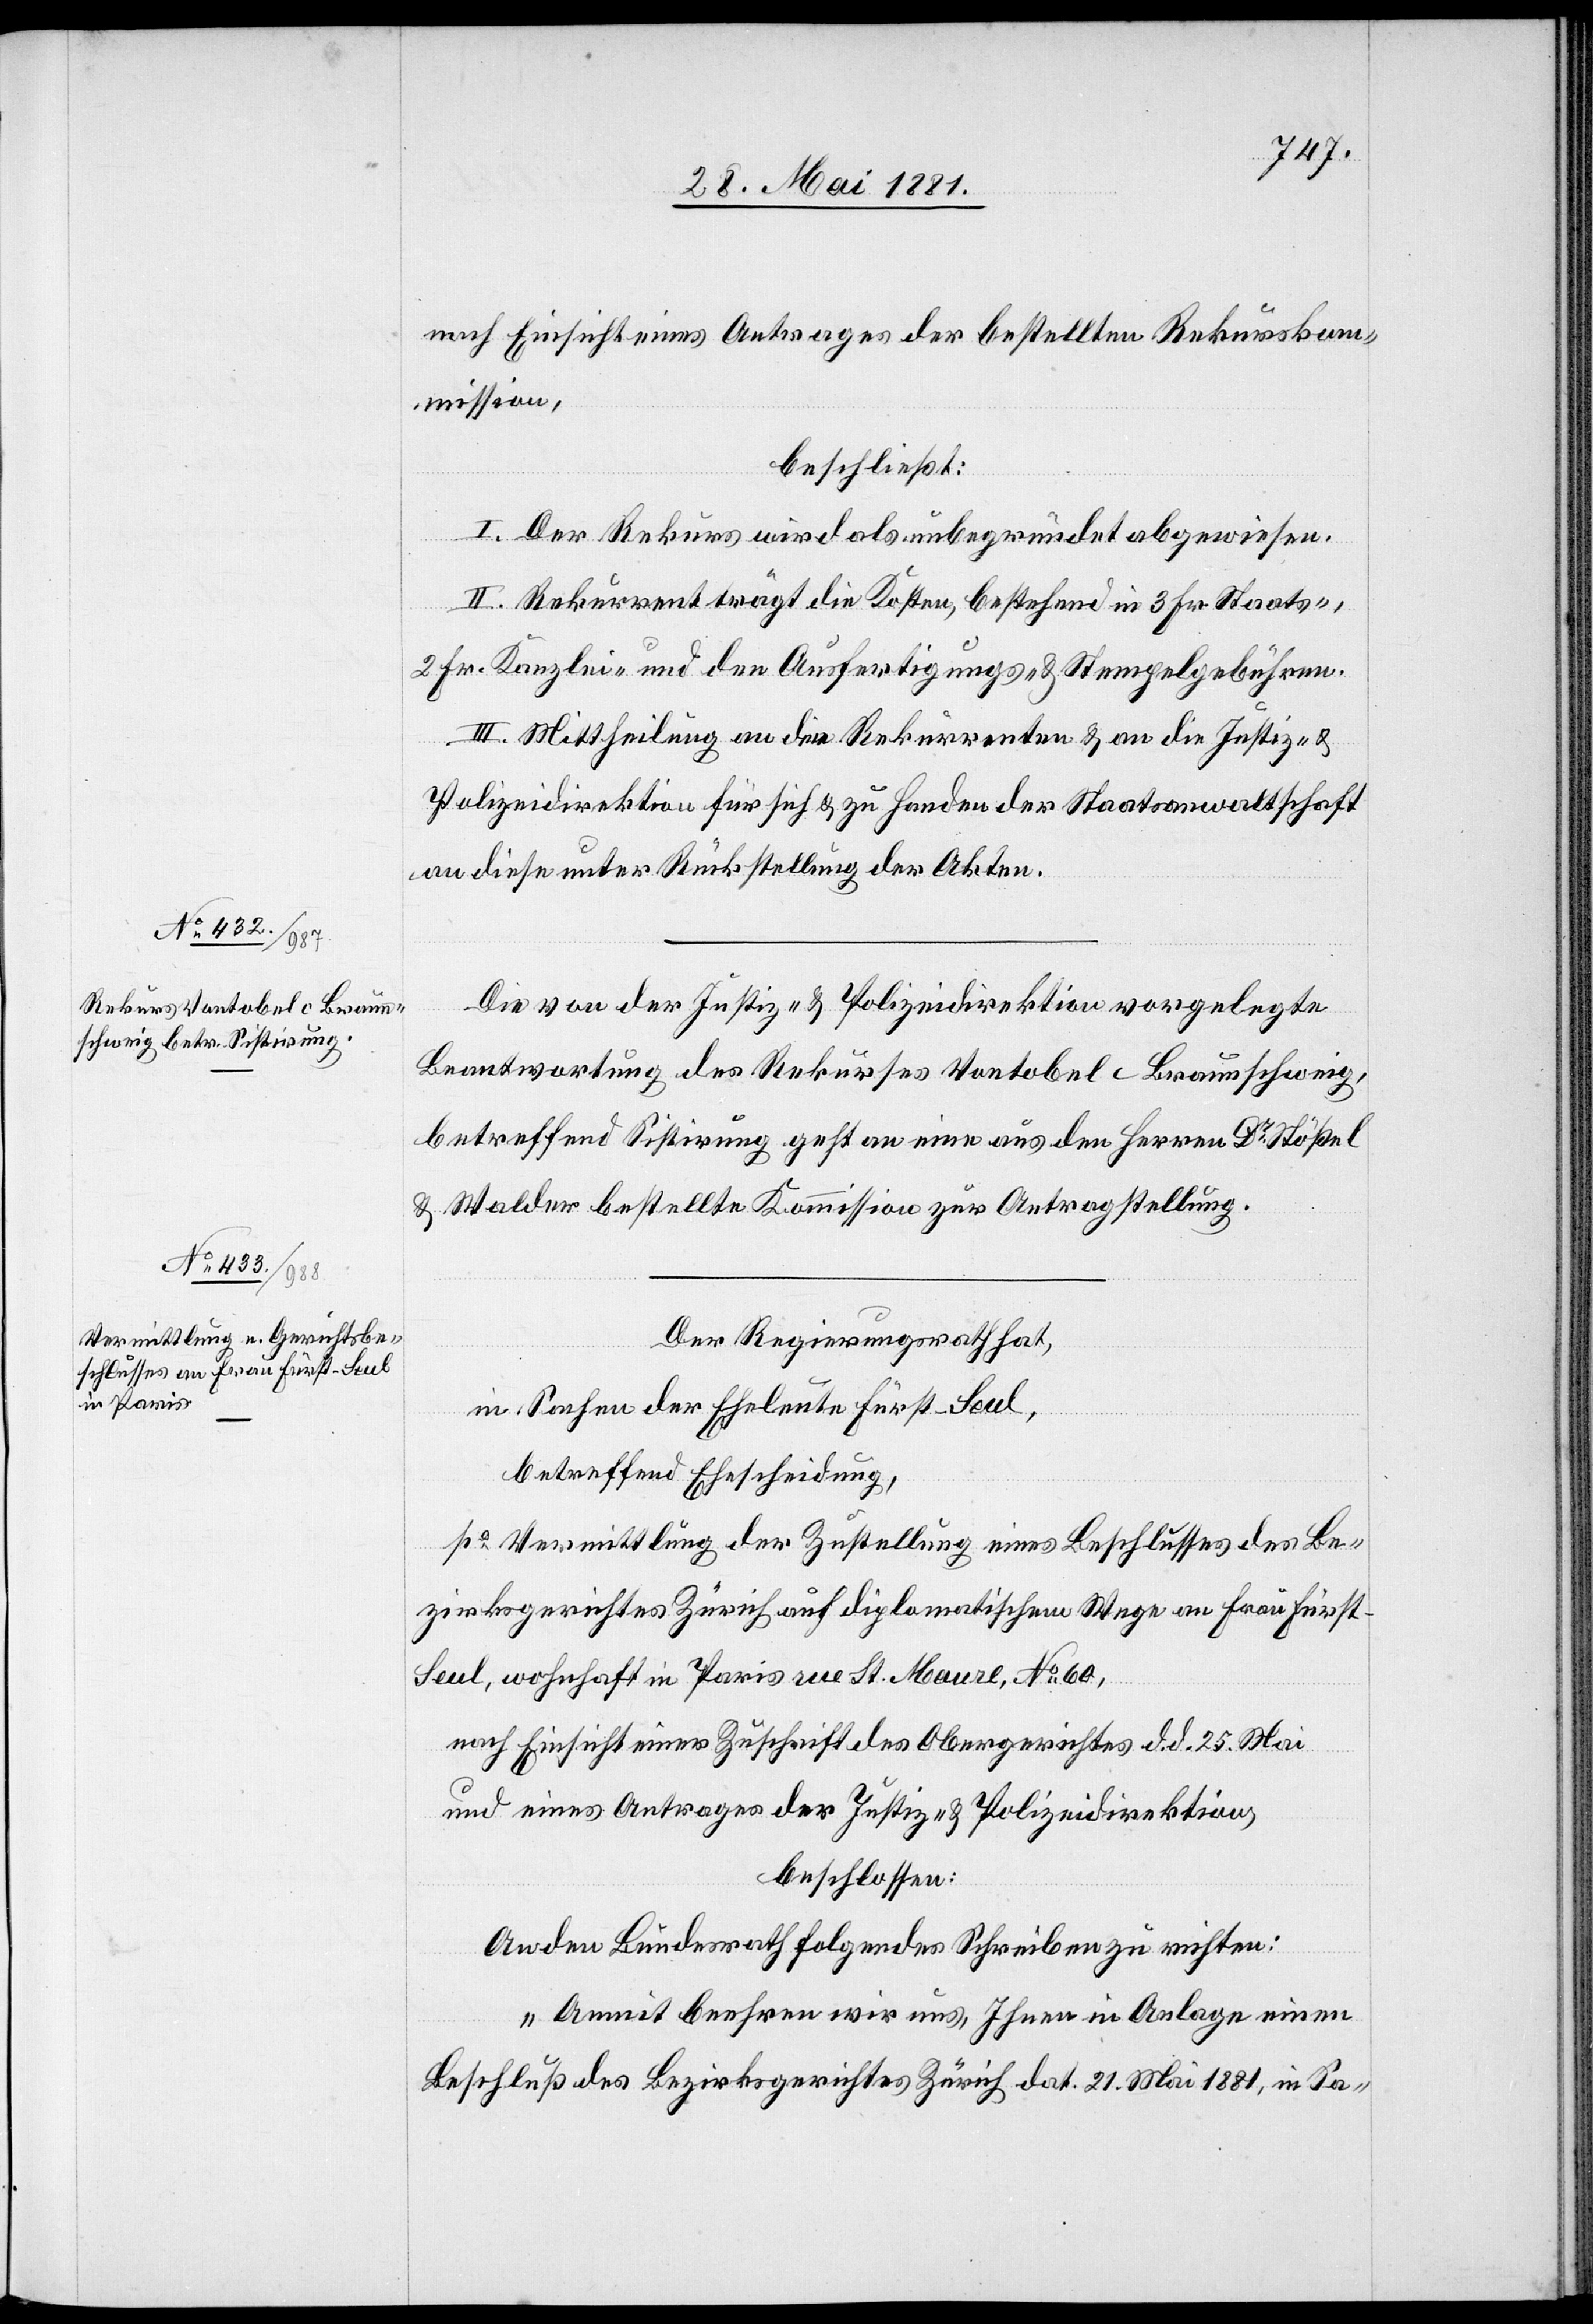
nach Einsicht eines Antrage des Obergerichtes d. d.
mission,
beschließt:
I. Der Rekurs wird als unbegründet abgewiesen.
II. Rekurrent trägt die Kosten, bestehend in 3 Fr. Staats-,
2 Fr. Kanzlei- und den Ausfertigungs- & Stempelgebühren.
III. Mittheilung an die Rekurrenten & an die Justiz- &
Polizeidirektion für sich & zu Handen der Staatsanwaltschaft
an diese unter Rückstellung der Akten.
Die von der Justiz- & Polizeidirektion vorgelegte
Beantwortung des Rekurses Vontobel c[.] Braunschweig,
betreffend Sistirung geht an eine aus den Herren Dr Stößel
& Walder bestellte Kommission zur Antragstellung.
Der Regierungsrath,
in Sachen der Eheleute Fürst-Seul,
betreffend Ehescheidung,
po Vermittlung der Zustellung eines Beschlusses des Be¬
zirksgerichtes Zürich auf diplomatischem Wege an Frau Fürst-S¬
eul, wohnhaft in Paris rue St. Maure, No 60,
und eines Antrages der Justiz- & Polizeidirektion.
beschlossen:
An den Bundesrath folgendes Schreiben zu richten:
„Damit beehren wir uns, Ihnen in Anlage einen
Beschluß des Bezirksgerichtes Zürich dat. 21. Mai 1881, in Sa-